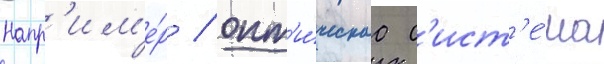
Напр'им'е́р / опт'и́ческаа с'ист'е́ма